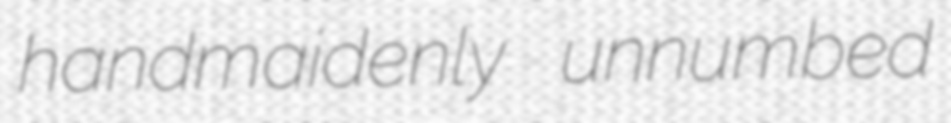
handmaidenly unnumbed